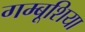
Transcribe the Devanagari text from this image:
गम्बूशिया